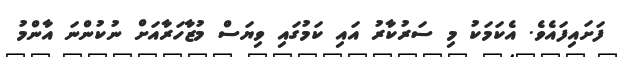
ފަށައިފައެވެ. އެކަމަކު މި ސަރުކާރު އައި ކަމުގައި ވިޔަސް މުޒާހަރާއަށް ނުކުންނަ އާންމު